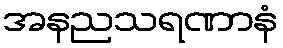
အနညသရဏာနံ